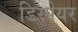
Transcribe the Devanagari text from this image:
डिस्पेयर